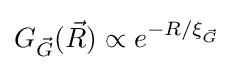
G_{\vec {G}}({\vec {R}})\propto e^{-R/\xi _{\vec {G}}}